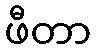
ဖီတာ